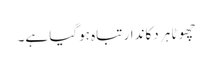
چھوٹا ہر دکاندار تباہ ہوگیا ہے۔